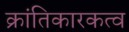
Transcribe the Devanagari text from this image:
क्रांतिकारकत्व